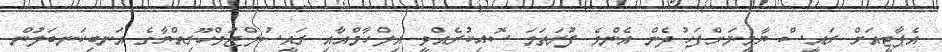
އެޕާޓީއަށް ރައީސް ޔާމީނަށްފަހު ދެން އެންމެ ފުރަތަމަ ސޮއިކުރެއްވީ އިލްހާމްއާއި ރައީސުލްޖުމްހޫރިއްޔާގެ އަނބިކަނބަލުން